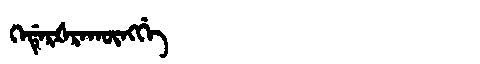
Manchu: ᡴᡝᡩᡝᡵᡧᡵᠠᡴᡡᠩᡤᡝ
Romanization: KEDERŠRAKŪNGGE